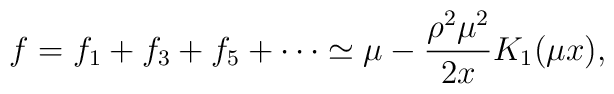
f=f_1+f_3+f_5+\cdots\simeq\mu-\frac{\rho^2\mu^2}{2x}K_1(\mu x),